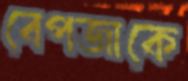
বেপজাকে